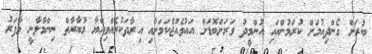
ބުރަށް ގެންދިއުމަށް ކުރަމުންއައި އުންމީދު ވަރަށްބޮޑަށް އައުވެއްޖެކަމަށާއި އިރާދަކުރެއްވިއްޔާ މުބާރާތް ނިންމާލާނީ މާފަރު